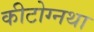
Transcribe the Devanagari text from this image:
कीटोग्नथा